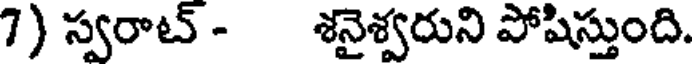
7) స్వరాట్ - శనైశ్వరుని పోషిస్తుంది.